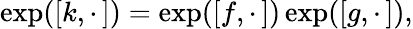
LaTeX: \exp([k,\cdot\, ])=\exp([f,\cdot\, ])\exp([g,\cdot\, ]),